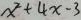
x ^ { 2 } + 4 x - 3